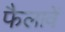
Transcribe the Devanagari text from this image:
फैलावें